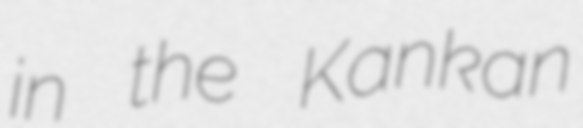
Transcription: in the Kankan